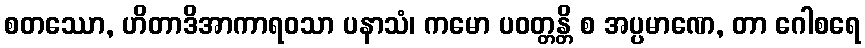
စတဿော, ဟိတာဒိအာကာရဝသာ ပနာသံ၊ ကမော ပဝတ္တန္တိ စ အပ္ပမာဏေ, တာ ဂေါစရေ